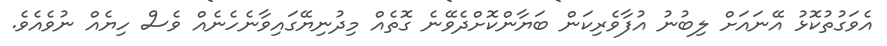
އެވަގުތުކޮޅު އޭނައަށް ލިބުނު އުފާވެރިކަން ބަޔާންކޮށްދެވޭނެ ގޮތެއް މިދުނިޔޭގައިވާނެހެނެއް ވެސް ހިޔެއް ނުވެއެވެ.